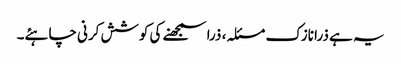
یہ ہے ذرا نازک مسئلہ، ذرا سمجھنے کی کوشش کرنی چاہئے۔